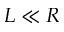
L \ll R